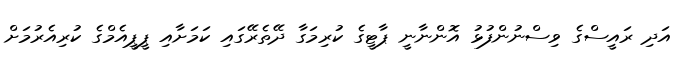
އަދި ރައީސްގެ ވިސްނުންފުޅު އޮންނާނީ ޕާޓީގެ ކުރިމަގާ ދޭތެރޭގައި ކަމަށާއި ޕީޕީއެމްގެ ކުރިއެރުމަށް